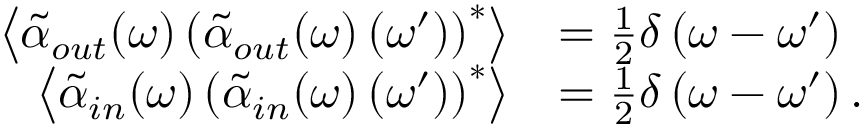
\begin{array} { r l } { \left\langle \tilde { \alpha } _ { o u t } ( \omega ) \left( \tilde { \alpha } _ { o u t } ( \omega ) \left( \omega ^ { \prime } \right) \right) ^ { * } \right\rangle } & { = \frac { 1 } { 2 } \delta \left( \omega - \omega ^ { \prime } \right) } \\ { \left\langle \tilde { \alpha } _ { i n } ( \omega ) \left( \tilde { \alpha } _ { i n } ( \omega ) \left( \omega ^ { \prime } \right) \right) ^ { * } \right\rangle } & { = \frac { 1 } { 2 } \delta \left( \omega - \omega ^ { \prime } \right) . } \end{array}